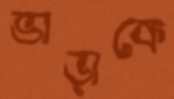
ভাড়াকে